Leaving Certificate Examination, 1924
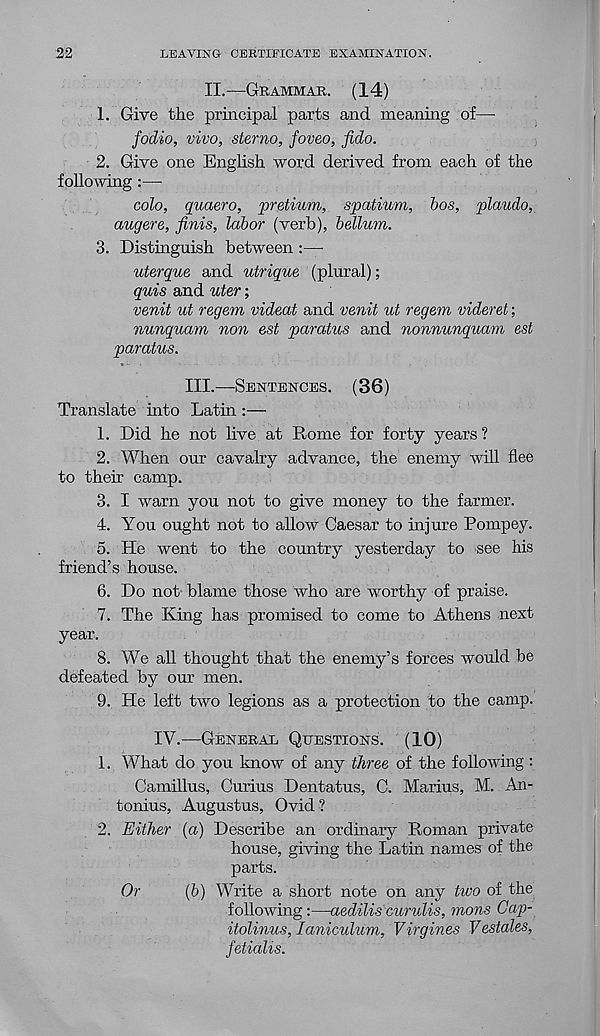
22
LEAVING CERTIFICATE EXAMINATION.
II.—GRAMMAR. (14)
1. Give the principal parts and meaning of—
jodio, vivo, sterno, foveo, fido.
2. Give one English word derived from each of the
following :—
colo, quaero, pretium, spatium, bos, plaudo,
augers, finis, labor (verb), helium.
3. Distinguish between :—
uterque and utrique (plural);
quis and uter;
venit ut regem videat and venit ut regem videret;
nunquam non est paratus and nonnunquam est
paratus.
III.—SENTENCES. (36)
Translate into Latin
1. Did he not live at Rome for forty years?
2. When our cavalry advance, the enemy will flee
to their camp.
3. I warn you not to give money to the farmer.
4. You ought not to allow Gaesar to injure Pompey.
5. He went to the country yesterday to see his
friend’s house.
6. Do not blame those who are worthy of praise.
7. The King has promised to come to Athens next
year.
8. We all thought that the enemy’s forces would be
defeated by our men.
9. He left two legions as a protection to the camp.
IV.—GENERAL QUESTIONS. (10)
1. What do you know of any three of the following :
Camillus, Curius Dentatus, C. Marius, M. An-
tonius, Augustus, Ovid ?
2. Either (a) Describe an ordinary Roman private
house, giving the Latin names of the
parts.
Or
(b) Write a short note on any two of the
following:—aedilis curulis, mons Gap-
itolinus, laniculum, Virgines Vestates,
fetialis.